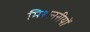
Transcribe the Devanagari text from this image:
मिशनरीयों